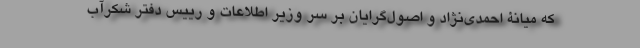
که میانۀ احمدی‌نژاد و اصول‌گرایان بر سر وزیر اطلاعات و رییس دفتر شکرآب